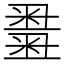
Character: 𥻫